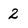
Character: 2